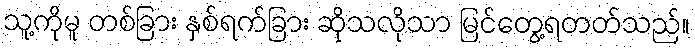
သူ့ကိုမူ တစ်ခြား နှစ်ရက်ခြား ဆိုသလိုသာ မြင်တွေ့ရတတ်သည်။